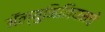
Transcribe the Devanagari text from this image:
ॲल्युमिनियमचे